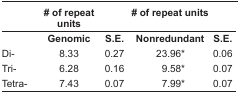
|  | <COLSPAN=2> # of repeat units | <COLSPAN=2> # of repeat units |
 |  | Genomic | S.E. | Nonredundant | S.E. |
 | --- | --- | --- | --- | --- |
 | Di- | 8.33 | 0.27 | 23.96* | 0.06 |
 | Tri- | 6.28 | 0.16 | 9.58* | 0.07 |
 | Tetra- | 7.43 | 0.07 | 7.99* | 0.07 |